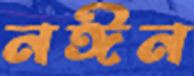
নঈন